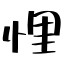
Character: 悝